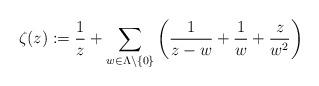
LaTeX: \begin{align*}\zeta(z) := \frac{1}{z} + \sum_{w\in \Lambda\setminus\{0\}}\left(\frac{1}{z-w}+\frac{1}{w}+\frac{z}{w^2}\right)\end{align*}